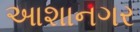
આશાનગર